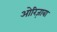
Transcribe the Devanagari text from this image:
ओरिज़ाबा